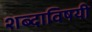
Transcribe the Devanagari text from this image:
शब्दाविषयी